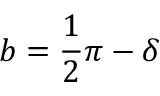
b = { \frac { 1 } { 2 } } \pi - \delta